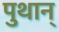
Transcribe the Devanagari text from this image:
पुथान्